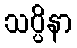
သပ္ပိနာ